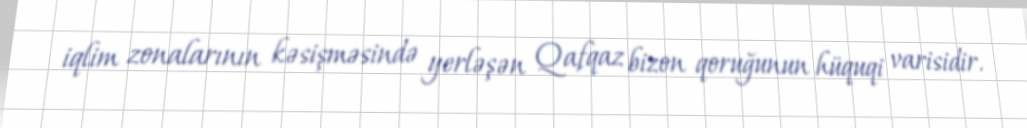
iqlim zonalarının kəsişməsində yerləşən Qafqaz bizon qoruğunun hüquqi varisidir.